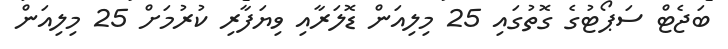
ބަޖެޓް ސަޕޯޓުގެ ގޮތުގައި 25 މިލިއަން ޑޮލަރާއި ވިޔަފާރި ކުރުމަށް 25 މިލިއަން